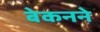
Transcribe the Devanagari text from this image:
बेकनने